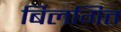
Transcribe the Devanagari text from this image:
बिलगित